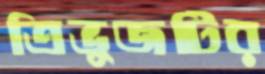
ত্রিভুজটির